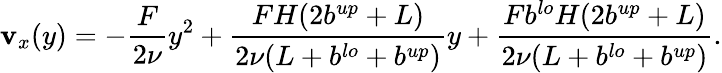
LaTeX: \mathbf{v}_{x}(y)=-\frac{{F}}{{2\nu}}y^{2}+\frac{{FH(2b^{up}+L)}}{{2\nu(L+b^{lo}+b^{up})}}y+\frac{{Fb^{lo}H(2b^{up}+L)}}{{2\nu(L+b^{lo}+b^{up})}}.